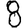
Digit: 8